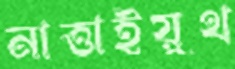
নাত্তাইয়ুথ